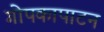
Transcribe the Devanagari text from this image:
गोपकापाटन